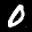
Label: 0